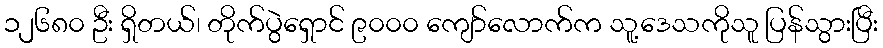
၁၂၆၈၀ ဦး ရှိတယ်၊ တိုက်ပွဲရှောင် ၉၀၀၀ ကျော်လောက်က သူ့ဒေသကိုသူ ပြန်သွားပြီး